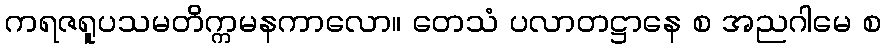
ကရဇရူပသမတိက္ကမနကာလော။ တေသံ ပလာတဋ္ဌာနေ စ အညဂါမေ စ